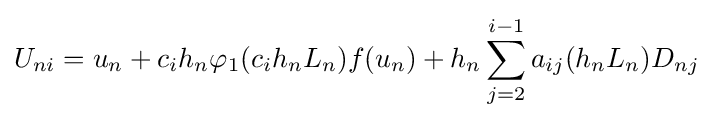
U_{ni}=u_{n}+c_{i}h_{n}\varphi _{1}(c_{i}h_{n}L_{n})f(u_{n})+h_{n}\sum _{j=2}^{i-1}a_{ij}(h_{n}L_{n})D_{nj}